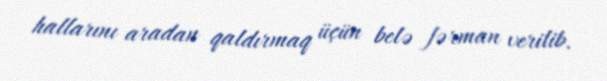
hallarını aradan qaldırmaq üçün belə fərman verilib.